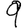
Digit: 9